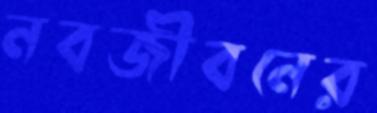
নবজীবনের